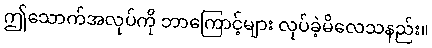
ဤသောက်အလုပ်ကို ဘာကြောင့်များ လုပ်ခဲ့မိလေသနည်း။